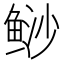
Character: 𲍔